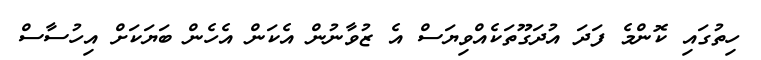
ހިތުގައި ކޮންމެ ފަދަ އުދަގޫތަކެއްވިޔަސް އެ ޒުވާނުން އެކަން އެހެން ބަޔަކަށް އިހުސާސް